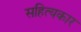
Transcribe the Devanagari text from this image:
सहित्यकार